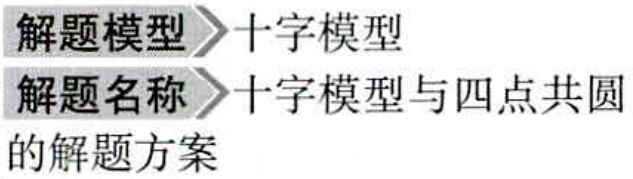
\begin{document}
解题模型 \(\gg\) 十字模型\\
解题名称 \(\gg\) 十字模型与四点共圆的解题方案
\end{document}